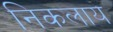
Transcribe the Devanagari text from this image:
निकलाय